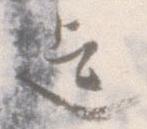
迄